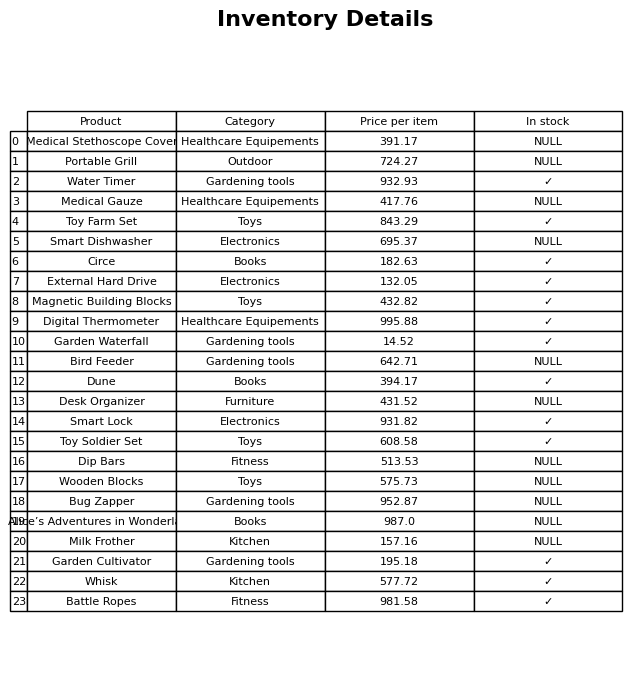
question: What is the price for Garden Cultivator?
answer: The price of Garden Cultivator is 195.18.